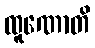
ထူဏောတိ